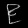
Digit: ၉